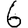
Digit: 6